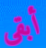
أبقى